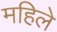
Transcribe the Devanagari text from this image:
महिले